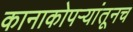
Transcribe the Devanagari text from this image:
कानाकोपऱ्यांतूनच